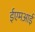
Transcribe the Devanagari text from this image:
ईएमअाई